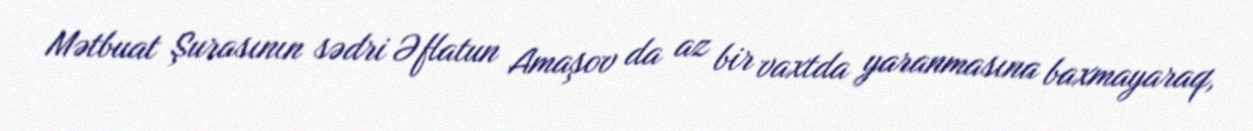
Mətbuat Şurasının sədri Əflatun Amaşov da az bir vaxtda yaranmasına baxmayaraq,